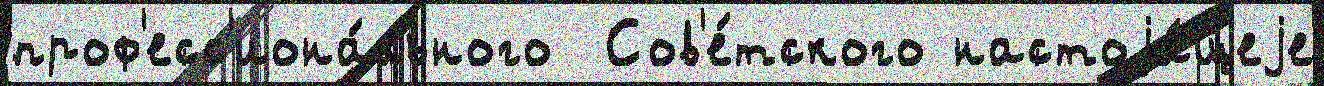
проф'есс'иона́льного  Сов'е́тского настоjа́щеjе